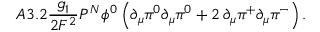
A 3 . 2 \frac { g _ { 1 } ^ { } } { 2 F ^ { 2 } } { \cal P } ^ { \cal N } \phi ^ { 0 } \left( \partial _ { \mu } \pi ^ { \! 0 } \partial _ { \mu } \pi ^ { \! 0 } + 2 \, \partial _ { \mu } \pi ^ { \! + } \partial _ { \mu } \pi ^ { \! - } \right) .